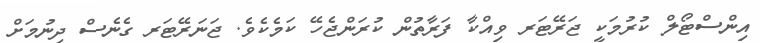
އިންސްޓޯލް ކުރުމަކީ ޖަރޭޓަރ ވިއްކާ ފަރާތުން ކުރަންޖެހޭ ކަމެކެވެ. ޖަނަރޭޓަރ ގެނެސް ދިނުމަށް